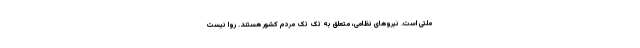
ملتی است. نیروهای نظامی، متعلق به تک تک مردم کشور هستند. روا نیست